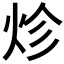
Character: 𤇪